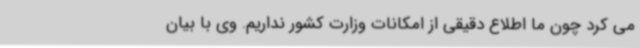
می کرد چون ما اطلاع دقیقی از امکانات وزارت کشور نداریم. وی با بیان